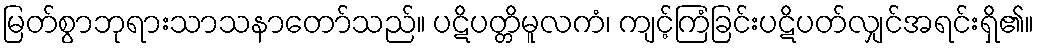
မြတ်စွာဘုရားသာသနာတော်သည်။ ပဋိပတ္တိမူလကံ၊ ကျင့်ကြံခြင်းပဋိပတ်လျှင်အရင်းရှိ၏။